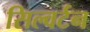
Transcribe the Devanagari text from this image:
सिल्वर्टन